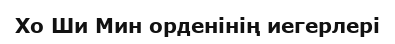
Хо Ши Мин орденінің иегерлері